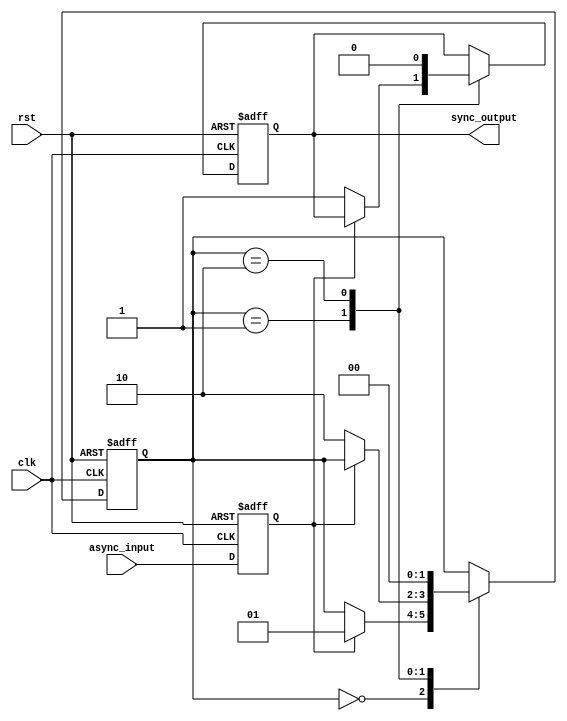
module async_fifo_synchronizer (
  input wire clk,
  input wire rst,
  input wire async_input,
  output reg sync_output
);

reg async_input_reg;
reg [1:0] state;

always @ (posedge clk or posedge rst) begin
  if (rst) begin
    async_input_reg <= 1'b0;
    sync_output <= 1'b0;
    state <= 2'b00;
  end else begin
    async_input_reg <= async_input;
    case (state)
      2'b00: begin // State 0
        if (async_input_reg == 1'b1) begin
          state <= 2'b01;
        end
      end
      2'b01: begin // State 1
        if (async_input_reg == 1'b0) begin
          state <= 2'b10;
          sync_output <= 1'b1;
        end
      end
      2'b10: begin // State 2
        state <= 2'b00;
        sync_output <= 1'b0;
      end
    endcase
  end
end

endmodule